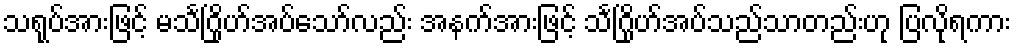
သရုပ်အားဖြင့် မသင်္ဂြိုဟ်အပ်သော်လည်း အနက်အားဖြင့် သင်္ဂြိုဟ်အပ်သည်သာတည်းဟု ပြလိုရကား